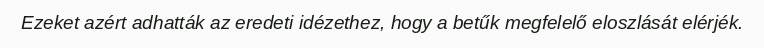
Ezeket azért adhatták az eredeti idézethez, hogy a betűk megfelelő eloszlását elérjék.